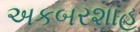
અકબરશાહ